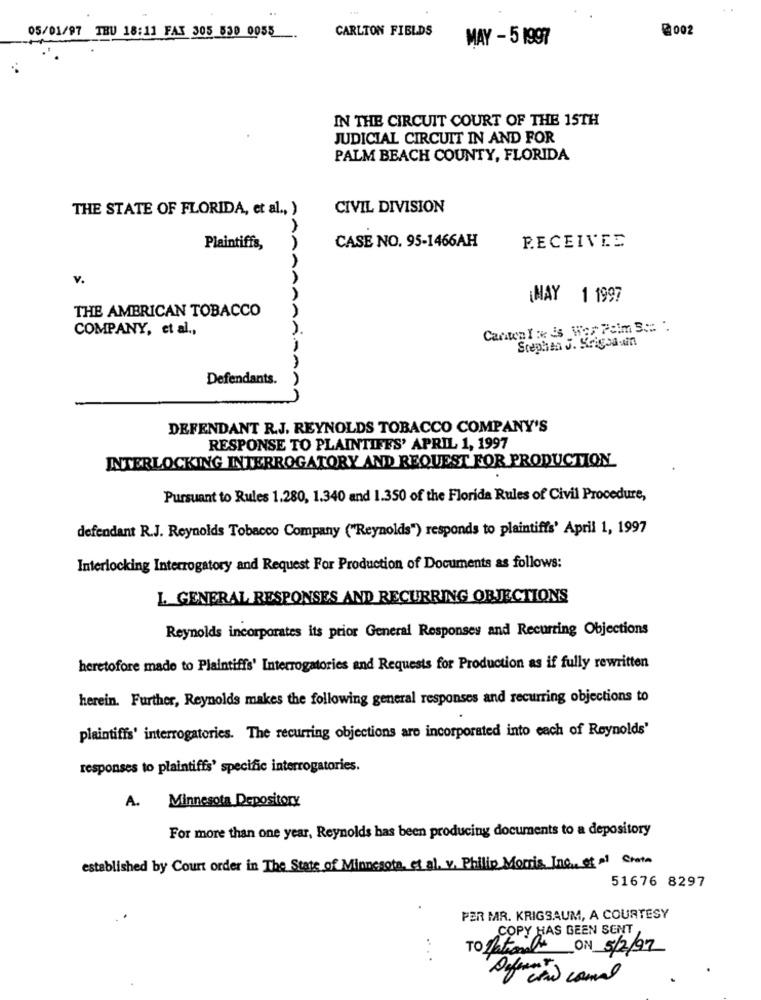
. .
CARLTON FIELDS
@002
05/01/97 THU 18:11 FAX 305 530 0055
MAY - 5 1997
IN THE CIRCUIT COURT OF THE 15TH
JUDICIAL CIRCUIT IN AND FOR
PALM BEACH COUNTY, FLORIDA
THE STATE OF FLORIDA, et al ., )
CIVIL DIVISION
CASE NO. 95-1466AH
Plaintiffs,
RECEIVEE
v.
¡MAY 1 1997
THE AMERICAN TOBACCO
COMPANY, et al .,
Stephen J. Krigsa un
Defendants.
ASAA
DEFENDANT R.J. REYNOLDS TOBACCO COMPANY'S
RESPONSE TO PLAINTIFFS' APRIL 1, 1997
INTERLOCKING INTERROGATORY AND REQUEST FOR PRODUCTION
Pursuant to Rules 1.280, 1.340 and 1.350 of the Florida Rules of Civil Procedure,
defendant R.J. Reynolds Tobacco Company ("Reynolds") responds to plaintiffs' April 1, 1997
Interlocking Interrogatory and Request For Production of Documents as follows:
L_ GENERAL RESPONSES AND RECURRING OBJECTIONS
Reynolds incorporates its prior General Responses and Recurring Objections
heretofore made to Plaintiffs' Interrogatories and Requests for Production as if fully rewritten
herein. Further, Reynolds makes the following general responses and recurring objections to
plaintiffs' interrogatories. The recurring objections are incorporated into each of Reynolds'
responses to plaintiffs' specific interrogatories.
A. Minnesota Depository
For more than one year, Reynolds has been producing documents to a depository
established by Court order in The State of Minnesota, et al. v. Philip Morris, Inc ., et al Creta
51676 8297
PER MR. KRIGSAUM, A COURTESY
COPY HAS GEEN SENT
TO Beto
ON 5/2/97
... .